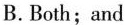
B. Both;and